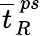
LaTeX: \overline{{t}}_{R}^{\ ps}